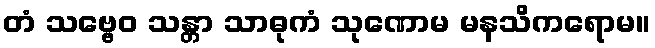
တံ သဗ္ဗေဝ သန္တာ သာဓုကံ သုဏောမ မနသိကရောမ။